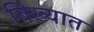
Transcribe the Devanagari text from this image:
बिख़्यात